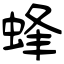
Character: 蜂